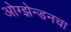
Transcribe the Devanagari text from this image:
ओग्झेन्डनचा